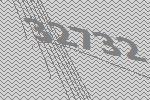
32732